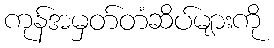
ကုန်အမှတ်တံဆိပ်များကို